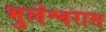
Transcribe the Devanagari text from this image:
भुलेश्वरास